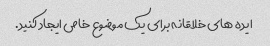
ایده های خلاقانه برای یک موضوع خاص ایجاد کنید.